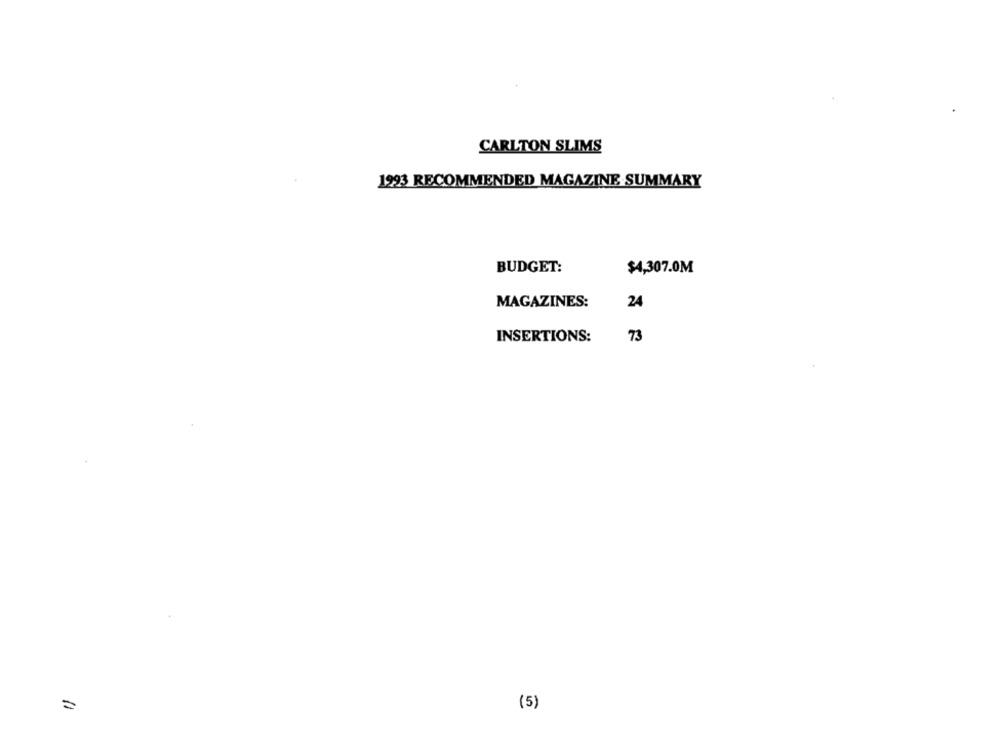
CARLTON SLIMS
1993 RECOMMENDED MAGAZINE SUMMARY
BUDGET:
$4,307.0M
MAGAZINES:
24
INSERTIONS:
73
(5)